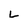
Character: L